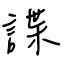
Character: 諜